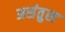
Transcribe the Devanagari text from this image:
असंतुस्ट